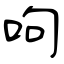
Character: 呴